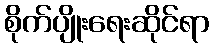
စိုက်ပျိုးရေးဆိုင်ရာ